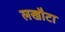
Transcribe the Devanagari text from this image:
लखौटा